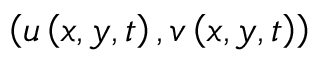
\left( u \left( x , y , t \right) , v \left( x , y , t \right) \right)